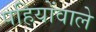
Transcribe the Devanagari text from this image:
पहियोंवाले